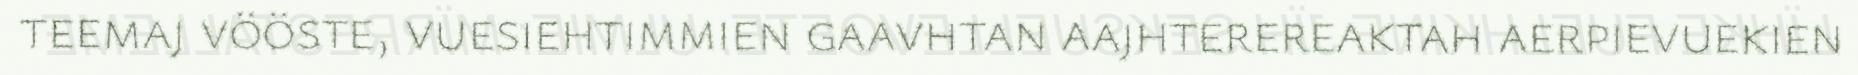
teemaj vööste, vuesiehtimmien gaavhtan aajhterereaktah aerpievuekien